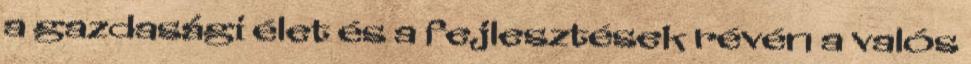
a gazdasági élet és a fejlesztések révén a valós